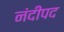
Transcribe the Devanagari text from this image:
नंदीपद